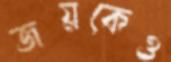
জয়কেও